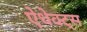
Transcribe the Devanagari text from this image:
ऐधेक्ट्स